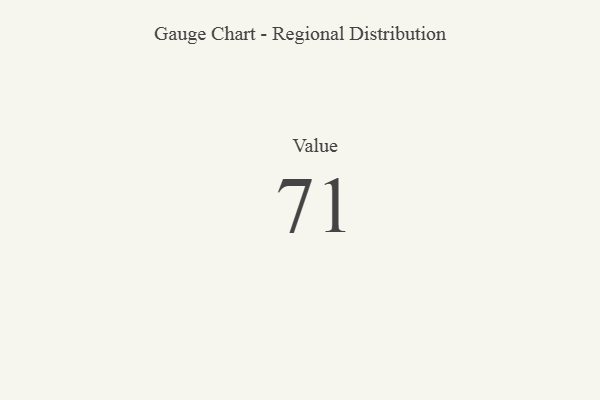
{"axis": {"x": "Metric", "y": "Value"}, "legend": [""], "data": [{"x": "Value", "y": 71, "type": ""}]}